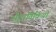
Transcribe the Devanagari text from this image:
सैद्धांतिकियों